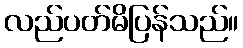
လည်ပတ်မိပြန်သည်။